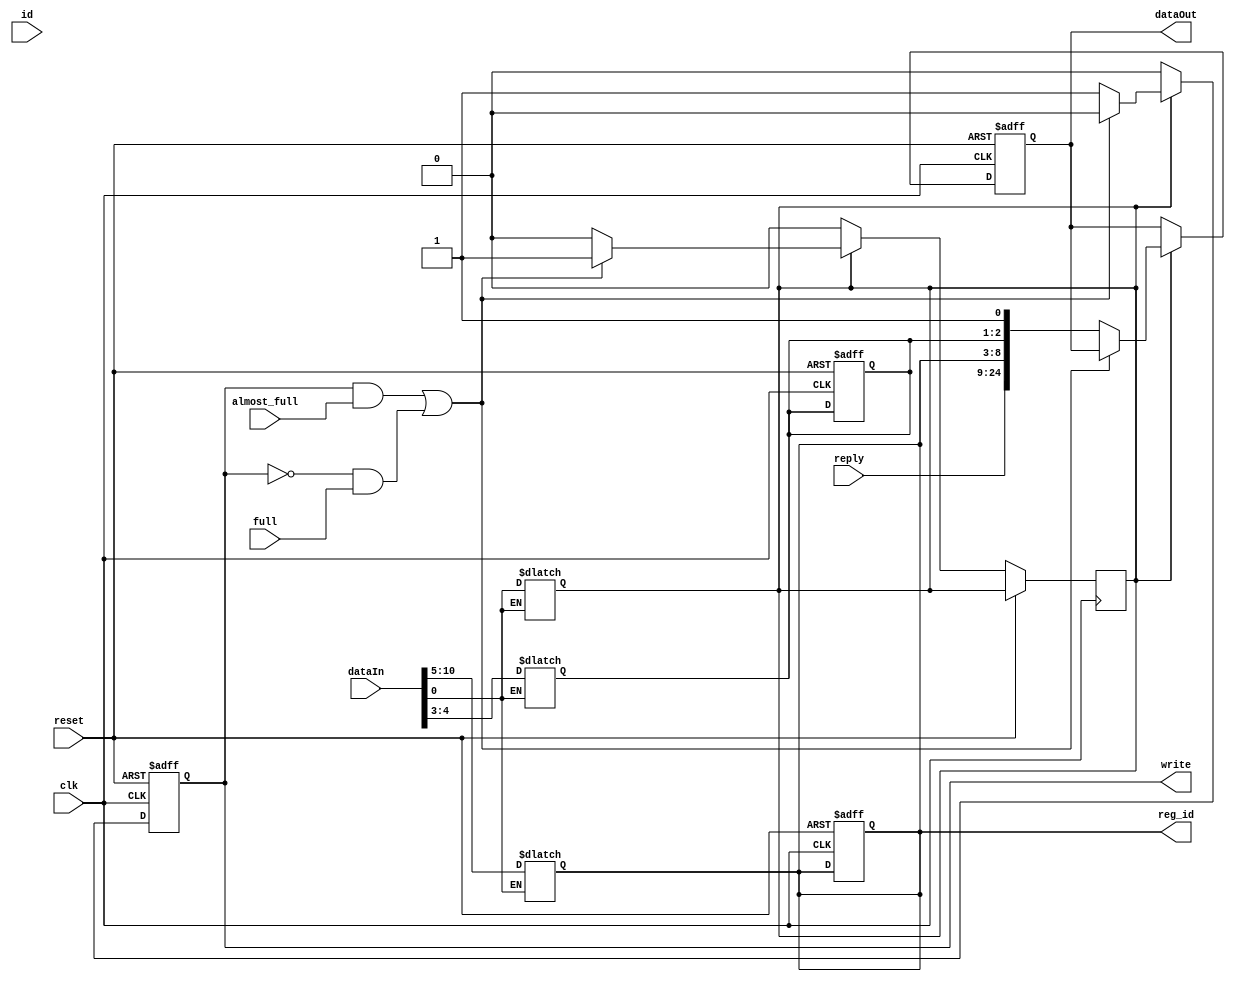
/*
may lose response after busy
 */
module responder 
#(parameter DATA_W=16,RESP_W=DATA_W+6+3,REQ_W=11) //16+6+3=25
(input clk, input reset, 
input full, input almost_full, 
input [1:0] id, 
input [REQ_W-1:0] dataIn, //From requestor NOC
input [DATA_W-1:0] reply,
output reg [RESP_W-1:0] dataOut, output reg write, //To responder NoC
output reg [5:0] reg_id   //query_id
);

//Response Packet format:
//                      23-3                  2-1          0
//                     ID/Data              Dest Port       Valid
//                    23-9/ 8-3
//                    data/reg_id

//get value from ants
reg valid;
reg [1:0] dest;



always @(*)begin
	if(dataIn[0])begin
		valid=dataIn[0];
		dest=dataIn[4:3];
		reg_id=dataIn[10:5];
	end
end


always @(posedge clk or posedge reset) begin
	if (reset) begin
		dataOut<=0;
		write<=0;
		dest<=0;
		reg_id<=0;
	end
	else if(valid) begin
		if ((write & almost_full)|(~write & full)) begin
			write <=1'b0;
		end
		else begin

			write <=1'b1;
			dataOut<={reply,reg_id,dest,valid};
			valid<=0; //send out, cancel request
			//$display("dataOut=%b",reply);  no reply
		end
	end
	else begin  //not valid
		write <=1'b0;
	end
end

endmodule